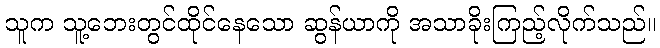
သူက သူ့ဘေးတွင်ထိုင်နေသော ဆွန်ယာကို အသာခိုးကြည့်လိုက်သည်။